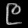
Digit: ၉